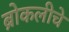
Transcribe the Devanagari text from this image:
ब्रोकलीचे